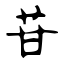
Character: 苷